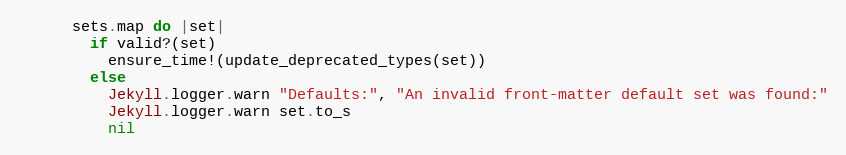
Language: Ruby
      sets.map do |set|
        if valid?(set)
          ensure_time!(update_deprecated_types(set))
        else
          Jekyll.logger.warn "Defaults:", "An invalid front-matter default set was found:"
          Jekyll.logger.warn set.to_s
          nil